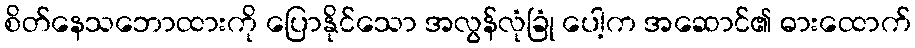
စိတ်နေသဘောထားကို ပြောနိုင်သော အလွန်လုံခြုံ ပေါ့က အဆောင်၏ ဓားထောက်